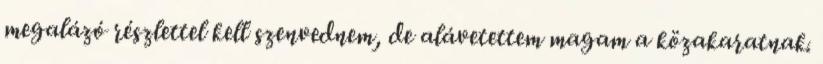
megalázó részlettel kell szenvednem, de alávetettem magam a közakaratnak.